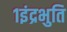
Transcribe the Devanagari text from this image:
१इंद्रभुति